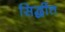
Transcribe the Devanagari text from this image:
सिद्धींत